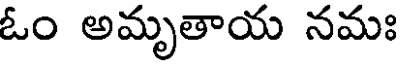
ఓం అమృతాయ నమః